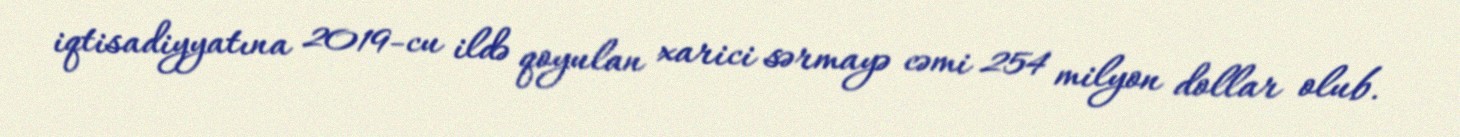
iqtisadiyyatına 2019-cu ildə qoyulan xarici sərmayə cəmi 254 milyon dollar olub.